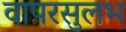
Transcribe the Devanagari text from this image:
वापरसुलभ